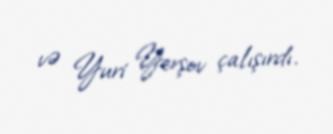
və Yuri Yerşov çalışırdı.